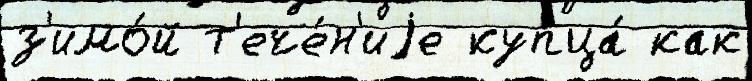
з'имо́й т'ече́н'иjе купца́ как